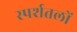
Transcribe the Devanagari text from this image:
स्पर्शतलों